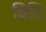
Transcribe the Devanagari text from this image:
विदि